Civil Veterinary Department. Madras. Admin. report 1910-25 - 1910-1925
Year: 1910
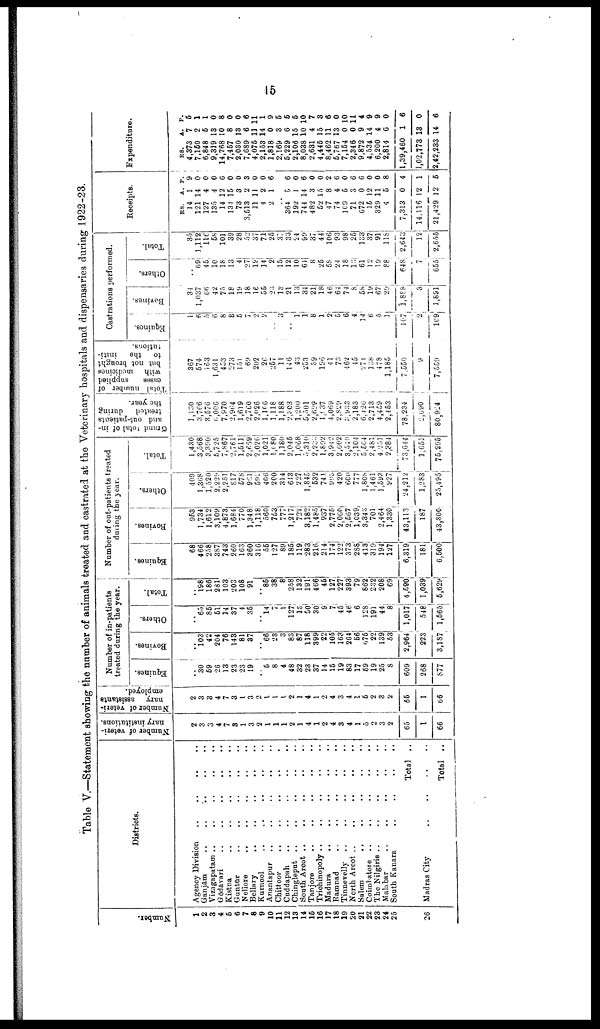
15
Table V.—Statement showing the number of animals treated and castrated at the Veterinary hospitals and dispensaries during 1922-23.
Numbe r
.
1
2
3
4
5
6
7
8
9
10
11
12
13
14
15
16
17
18
19
20
21
22
23
24
25
26
Districts.
Agency Division ..
Ganjām .. ..
Vizagapatam .. ..
Gōdāvari .. ..
Kistna .. ..
Guntūr .. ..
Nellore .. ..
Bellary .. ..
Kurnool .. ..
Anantapur .. ..
Chittoor .. ..
Cuddapah .. ..
Chingleput .. ..
South Arcot .. ..
Tanjore .. ..
Trichinopoly .. ..
Madura .. ..
Ramnad .. ..
Tinnevelly .. ..
North Arcot .. ..
Salem
..
..
Coimbatore .. ..
The Nilgiris .. ..
Malabar .. ..
South Kanara ..
Madras City
..
..
..
..
..
..
..
..
..
..
..
..
..
..
..
..
..
..
..
..
..
..
..
..
..
..
..
..
..
..
..
..
..
..
..
..
..
..
..
..
..
..
..
..
..
..
..
..
..
..
..
Total
Total
..
..
..
..
..
..
..
..
..
..
..
..
..
..
..
..
..
..
..
..
..
..
..
..
..
..
No of veteri-nary
institutions.
2
3
3
4
7
8
1
3
2
1
1
1
2
1
4
1
2
4
3
4
1
5
2
3
2
65
1
66
Number of veteri
nary
assistants
employed.
2
3
8
4
7
3
1
3
2
1
1
1
2
1
4
1
2
4
3
4
1
5
2
3
2
66
1
66
Number of in-patients
treated during the year.
Equines.
30
69
26
13
23
23
19
6
8
4
48
32
23
37
14
16
19
83
17
69
19
25
8
609
268
S77
Bovines.
..
103
42
204
76
143
81
87
..
66
28
3
83
87
118
899
22
106
163
2C4
66
076
22
139
53
2,964
223
3,187
Others.
65
86
51
14
37
4
36
..
14
7
1
127
18
50
30
9
7
45
46
6
128
191
44
8
1,017
548
1,665
Total.
..
198
186
281
103
203
108
91
..
86
38
8
258
132
191
466
46
127
227
393
79
862
232
208
69
4,690
l,039
5,629
Number of out-patients treated
during the year.
Equines.
68
466
258
3S7
743
260
163
360
31C
56
127
89
186
119
283
216
214
174
122
373
288
413
319
194
127
6,319
181
6,500
Bovines.
953
1,734
1,612
3,109
4,873
1,684
770
1,348
1,118
560
763
777
1,217
727
3,182
1,485
937
2,775
2,060
2,567
1,039
3,343
701
2,464
1,330
43,113
187
43,300
Others.
409
1,368
1,520
2,229
2,251
817
67S
991
592
406
200
314
643
227
1,845
632
741
993
420
600
777
1,808
1,461
1,593
927
24,212
1,283
25,495
Total.
1,430
3,568
3,390
5,725
7,867
2,761
1,611
2,669
2,026
1,021
1,080
1,180
2,045
1,068
5,310
2,232
1,802
3,942
2,002
3,540
2,104
5,564
2,481
4,231
2,384
73,644
1,654
76,295
Grand total of in-
and out-patients
treated
during
the year.
1,130
3,766
3,576
6,006
7,970
2,694
1,619
2,760
2,026
1,166
1.118
1,188
2,303
1,200
5,501
2,628
1,937
4,069
2,820
3,933
2,183
6,426
2,713
4,459
2,453
78.234
2,090
80,924
Total number of
cases
supplied
with
medicines
but not brought
to
the
insti
tutions.
367
674
163
1,631
453
273
150
69
202
26
257
11
146
43
253
39
196
41
73
462
45
271
138
478
1,185
7,550
9
7,559
Castrations performed.
Equines.
1
6
0
6
8
8
6
7
2
2
..
3
..
1
1
8
1
2
5
6
4
14
6
0
1
167
2.
109
Bovines.
34
1,037
66
42
75
18
19
18
16
56
23
13
21
13
34
21
18
46
64
74
8
6S
19
67
29
1,888
3
1,891
Others.
..
09
45
10
18
13
4
27
19
14
2
15
12
10
64
8
25
5S
24
18
13
61
12
19
88
648
7
655.
Total.
35
1,112
58
101
32
28
52
37
71
26
31
33
24
90
37
44
106
93
98
26
133
37
91
118
2,643
12
2,656
Receipts.
RS.
14
121
127
135
14
134
73
3,613
11
4
2
..
364
192
744
482
52
47
74
1C9
71
G72
16
329 1
4
7,313
14.116
21,429
A.
1
14
4
4
12
15
3
2
11
2
1
5
1
14
3
15
8
4
6
3
0
12
1
6
0
12
12
P.
9
0
0
0
6
0
0
8
0
0
6
6
0
6
0
0
2
6
0
6
6
0
0
8
4
1
6
Expenditure.
RS.
4,373
7,160
6,848
9,319
14,768
7,467
2,030
7,689
4,076
2,153
1,818
2,169
6,229
2,106
8,038
2,631
4,446
8,462
6,767
7,164
2,346
9,872
4,534
6,200
2,814
1,39,460
1,02,773
2,42,233
A.
7
2
6
18
10
8
13
6
11
14
0
3
6
16
10
4
15
11
13
0
0
9
14
4
6
1
13
14
P.
6
1
1
0
8
0
0
6
11
1
9
5
6
6
10
7
8
6
0
10
11
4
9
9
0
6
0
6